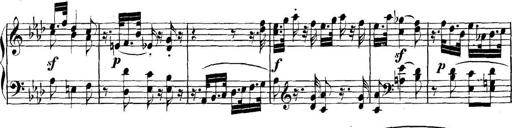
Title: Collected Piano Sonatas
Composer: Muzio Clementi